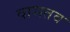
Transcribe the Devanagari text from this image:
वासतव